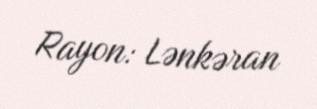
Rayon: Lənkəran